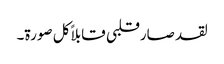
لقد صارقلبی قابلاً کل صورۃ۔